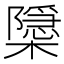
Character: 𭬚